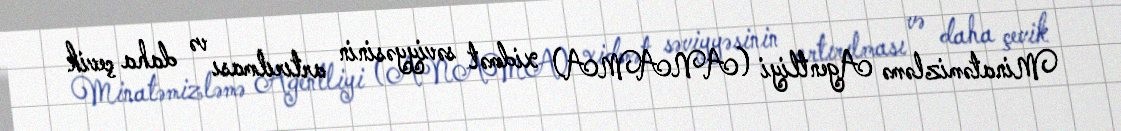
Minatəmizləmə Agentliyi (ANAMA) xidmət səviyyəsinin artırılması və daha çevik